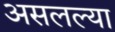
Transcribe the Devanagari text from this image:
असलल्या